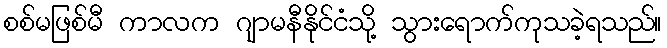
စစ်မဖြစ်မီ ကာလက ဂျာမနီနိုင်ငံသို့ သွားရောက်ကုသခဲ့ရသည်။